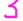
Text: 3